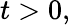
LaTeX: t>0,